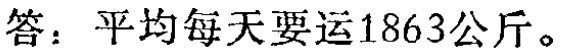
答：平均每天要运1863公斤。